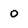
Character: o